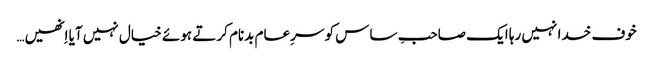
خوف خدا نہیں رہا ایک صاحبِ ساس کو سرِعام بدنام کرتے ہوئے خیال نہیں آیا اِنھیں…